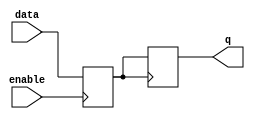
module level_sensitive_latch (
    input wire data,
    input wire enable,
    output reg q
);

reg latch_state;

always @(posedge enable)
begin
    if(enable)
        latch_state <= data;
end

always @(posedge latch_state)
begin
    q <= latch_state;
end

endmodule